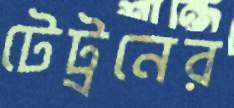
টেট্রনের